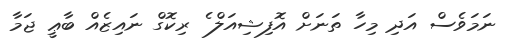
ނަމަވެސް އަދި މިހާ ތަނަށް އޮފިޝިއަލް ެެ ރިކޮގް ނައިޒެއް ބާޢީ ޖަމާ